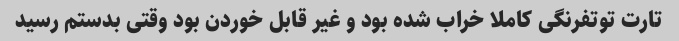
تارت توتفرنگی کاملا خراب شده بود و غیر قابل خوردن بود وقتی بدستم رسید